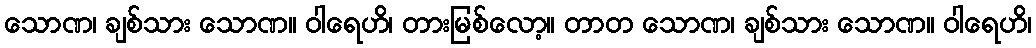
သောဏ၊ ချစ်သား သောဏ။ ဝါရေဟိ၊ တားမြစ်လော့။ တာတ သောဏ၊ ချစ်သား သောဏ။ ဝါရေဟိ၊